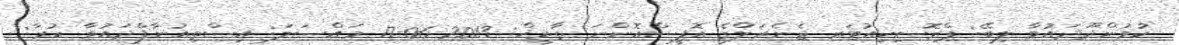
ކުމުންދޫދައުވާ ލިބޭ: ޕްރޮސިކިއުޓަރ ޖެނެރަލްގެ އޮފީސްއޮންނަ ތާރީޚް: 2013-06-17 މައްސަލަ: އިސްތިއުނާފްދައުވާ ކުރާ: